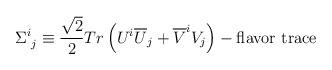
LaTeX: \begin{align*}\Sigma^i_{\,\,j}\equiv\frac{\sqrt{2}}{2}Tr\left(U^i\overline U_j+\overline V^iV_j\right)-{\rm flavor\ trace}\end{align*}